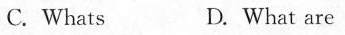
C.Whats D.What are